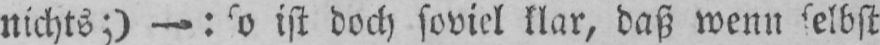
nichts ;) -: so ist doch soviel klar, daß wenn selbst